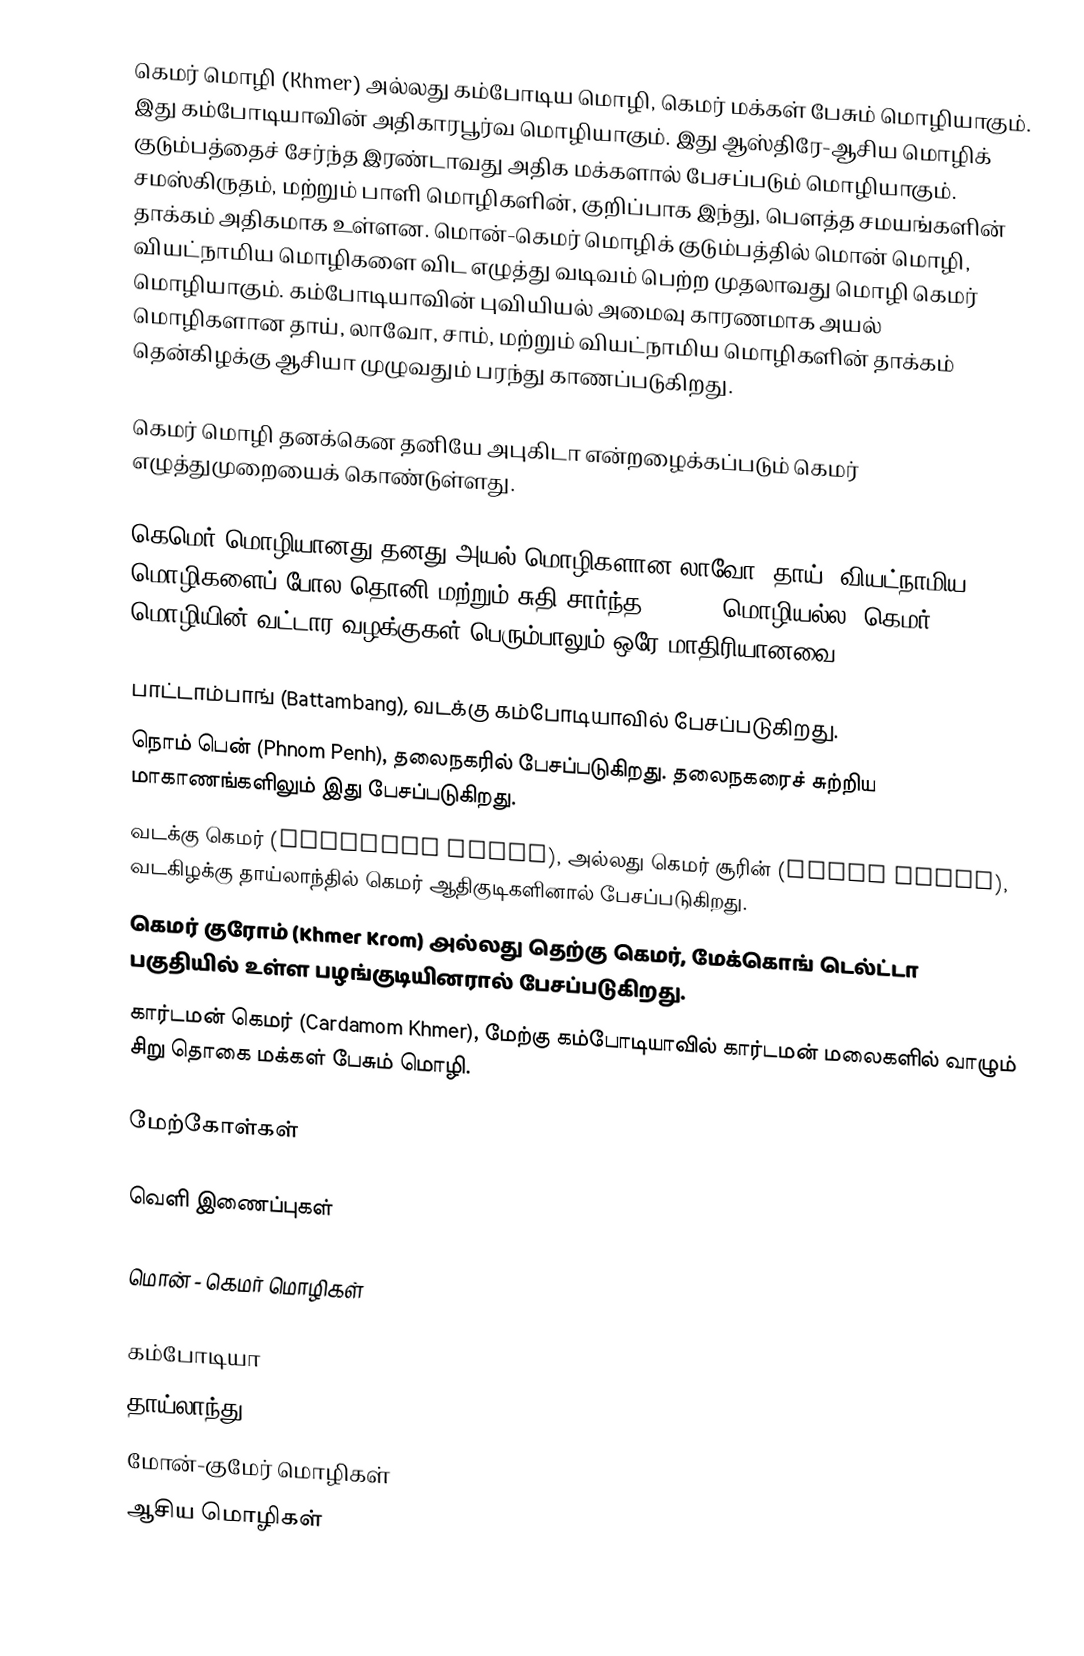
கெமர் மொழி (Khmer) அல்லது கம்போடிய மொழி, கெமர் மக்கள் பேசும் மொழியாகும். இது கம்போடியாவின் அதிகாரபூர்வ மொழியாகும். இது ஆஸ்திரே-ஆசிய மொழிக் குடும்பத்தைச் சேர்ந்த இரண்டாவது அதிக மக்களால் பேசப்படும் மொழியாகும். சமஸ்கிருதம், மற்றும் பாளி மொழிகளின், குறிப்பாக இந்து, பௌத்த சமயங்களின் தாக்கம் அதிகமாக உள்ளன. மொன்-கெமர் மொழிக் குடும்பத்தில் மொன் மொழி, வியட்நாமிய மொழிகளை விட எழுத்து வடிவம் பெற்ற முதலாவது மொழி கெமர் மொழியாகும். கம்போடியாவின் புவியியல் அமைவு காரணமாக அயல் மொழிகளான தாய், லாவோ, சாம், மற்றும் வியட்நாமிய மொழிகளின் தாக்கம் தென்கிழக்கு ஆசியா முழுவதும் பரந்து காணப்படுகிறது.

கெமர் மொழி தனக்கென தனியே அபுகிடா என்றழைக்கப்படும் கெமர் எழுத்துமுறையைக் கொண்டுள்ளது.

கெமெர் மொழியானது தனது அயல் மொழிகளான லாவோ, தாய், வியட்நாமிய மொழிகளைப் போல தொனி மற்றும் சுதி சார்ந்த (tonal) மொழியல்ல. கெமர் மொழியின் வட்டார வழக்குகள் பெரும்பாலும் ஒரே மாதிரியானவை:

 பாட்டாம்பாங் (Battambang), வடக்கு கம்போடியாவில் பேசப்படுகிறது.
 நொம் பென் (Phnom Penh), தலைநகரில் பேசப்படுகிறது. தலைநகரைச் சுற்றிய மாகாணங்களிலும் இது பேசப்படுகிறது.
 வடக்கு கெமர் (Northern Khmer), அல்லது கெமர் சூரின் (Khmer Surin), வடகிழக்கு தாய்லாந்தில் கெமர் ஆதிகுடிகளினால் பேசப்படுகிறது.
 கெமர் குரோம் (Khmer Krom) அல்லது தெற்கு கெமர், மேக்கொங் டெல்ட்டா பகுதியில் உள்ள பழங்குடியினரால் பேசப்படுகிறது.
 கார்டமன் கெமர் (Cardamom Khmer), மேற்கு கம்போடியாவில் கார்டமன் மலைகளில் வாழும் சிறு தொகை மக்கள் பேசும் மொழி.

மேற்கோள்கள்

வெளி இணைப்புகள்

 மொன் - கெமர் மொழிகள்

கம்போடியா
தாய்லாந்து
மோன்-குமேர் மொழிகள்
ஆசிய மொழிகள்